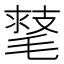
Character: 𣯕